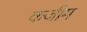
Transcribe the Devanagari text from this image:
कजीम